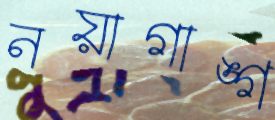
নয়াগাঙ্গ